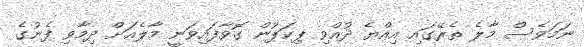
ނަމަވެސް މާލެ ތެރޭގައި އިއްޔެ ދުއްވި ޕިކަޕުން ގޮވާފައިވަނީ މާލެއަށް ދިމާވި ފެނުގެ